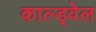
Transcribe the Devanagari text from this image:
काल्ड्वेल